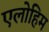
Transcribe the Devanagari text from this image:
एलोहिम